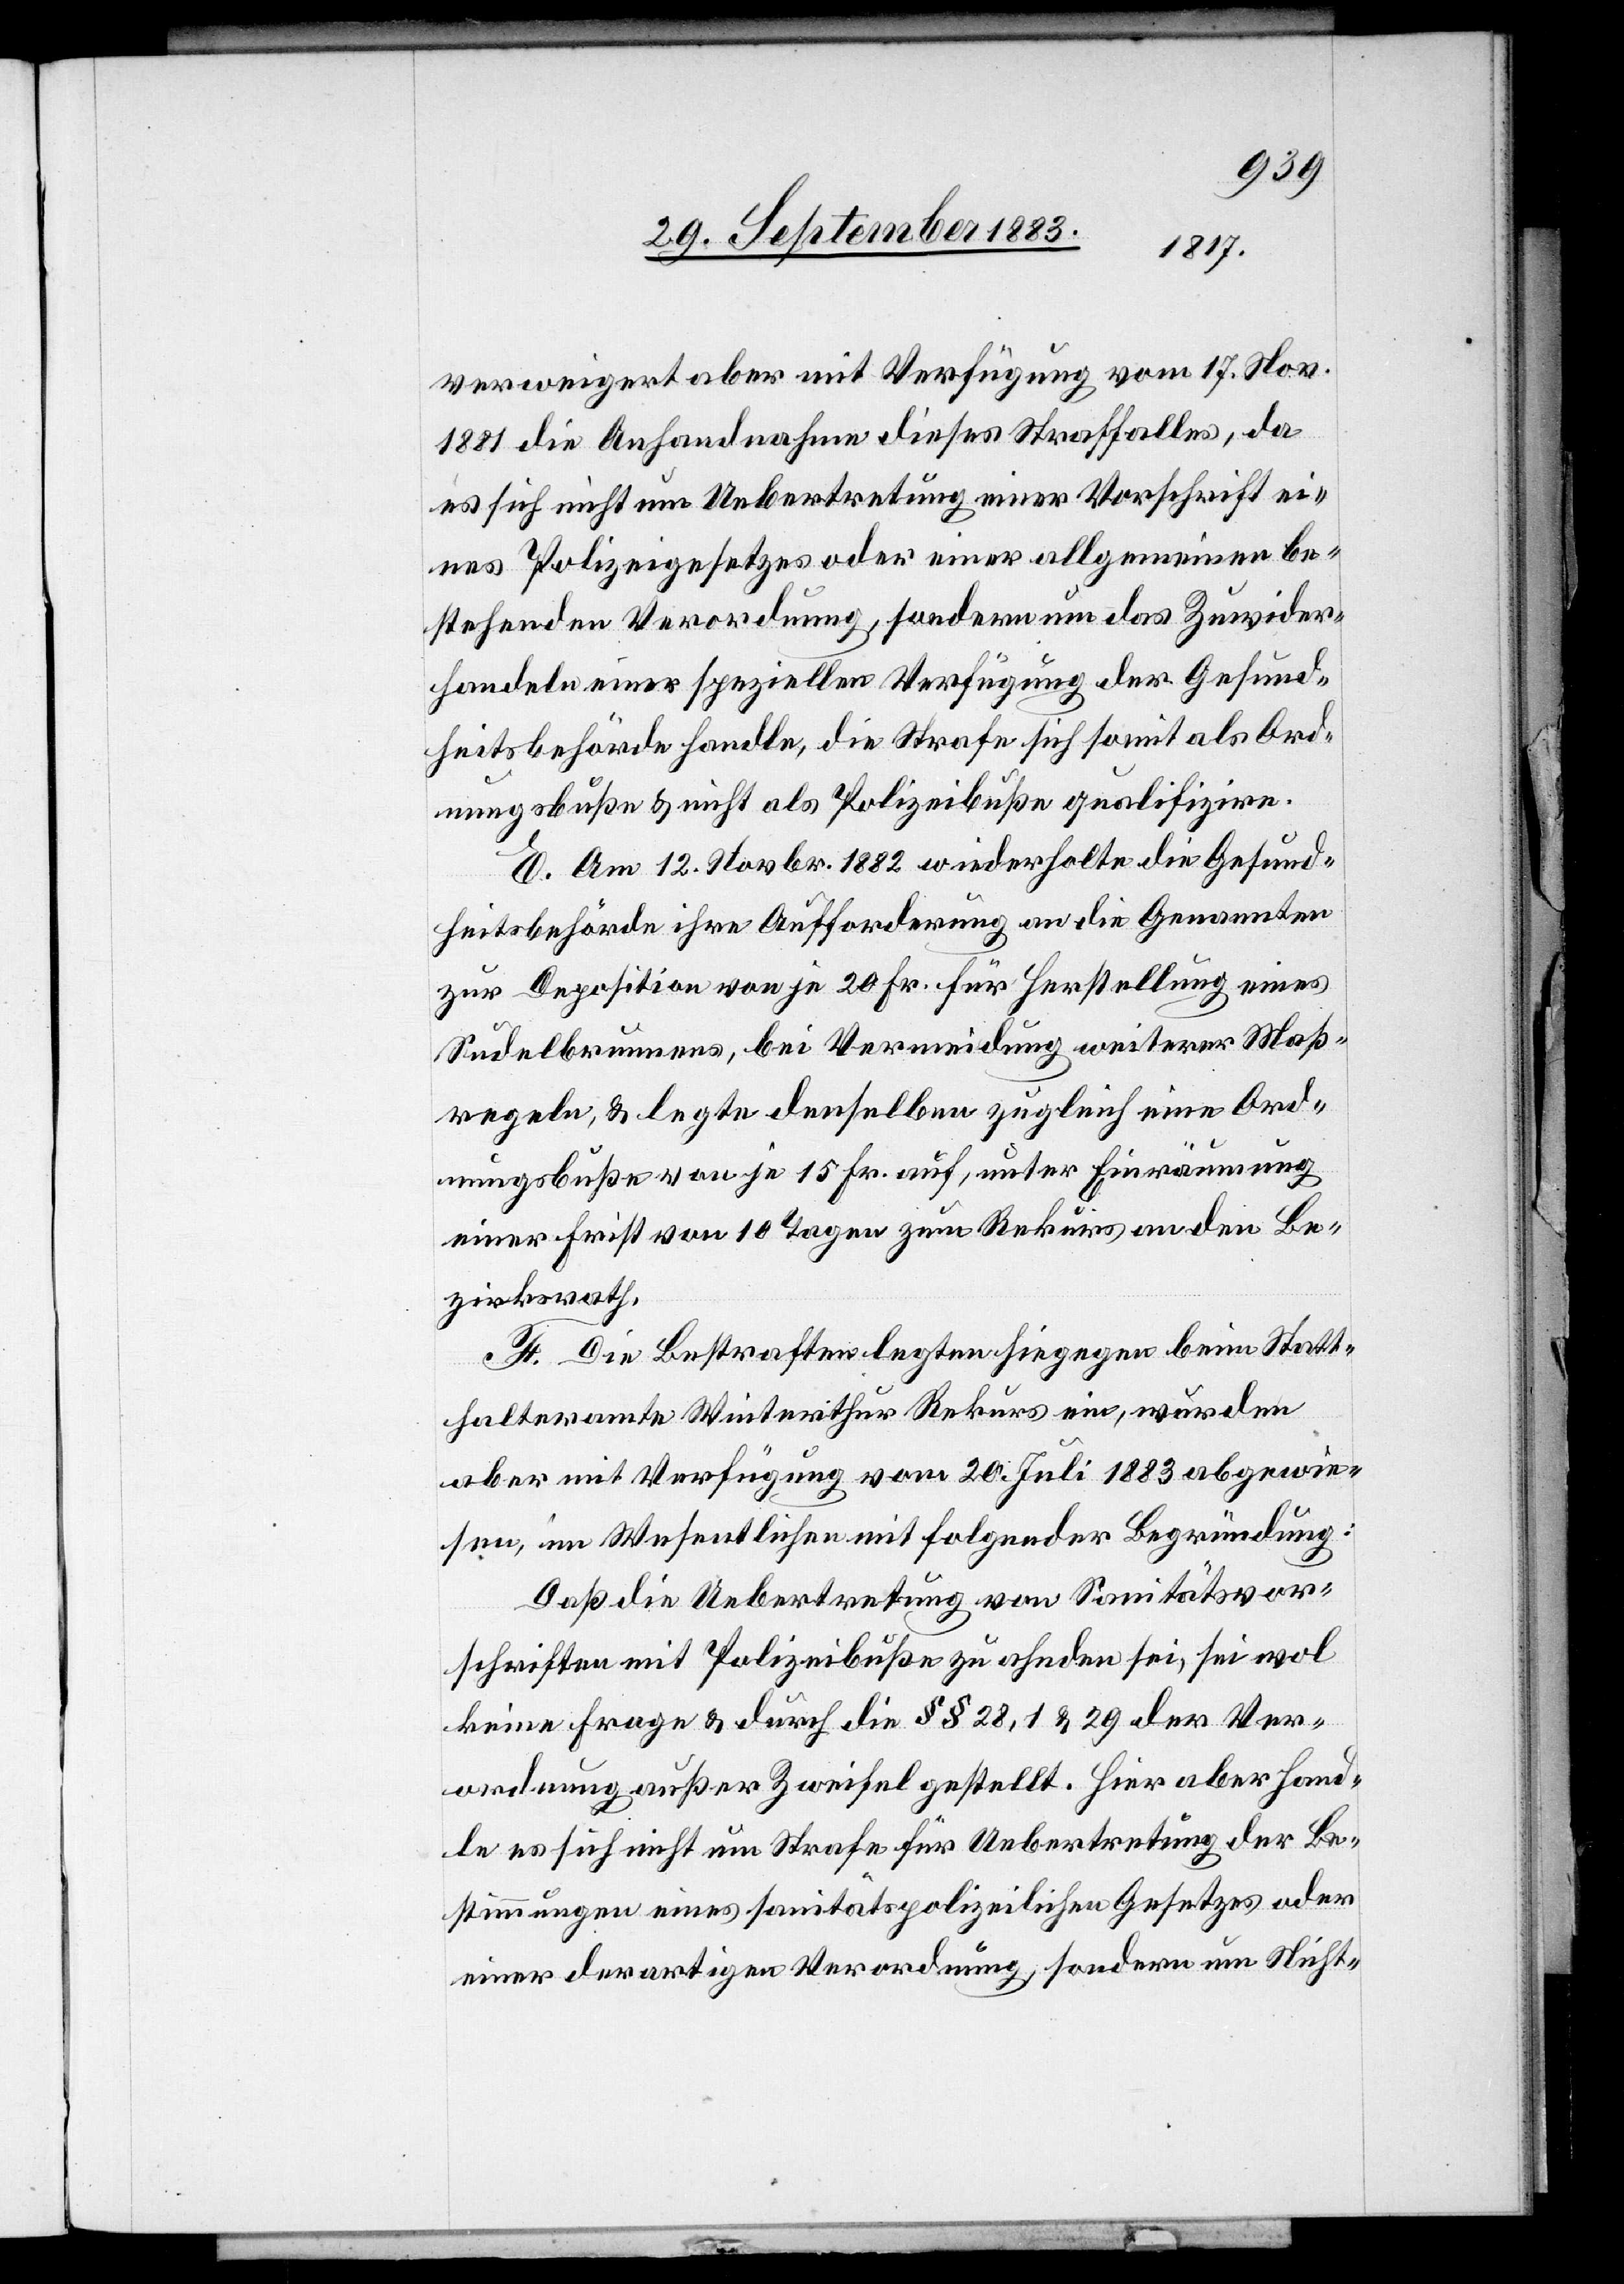
verweigert aber mit Verfügung vom 17. Nov.
1881 die Anhandnahme dieses Straffalles, da
es sich nicht um Uebertretung einer Vorschrift ei¬
nes Polizeigesetzes oder einer allgemeinen be¬
stehenden Verordnung, sondern um das Zuwider¬
handeln einer speziellen Verfügung der Gesund¬
heitsbehörde handle, die Strafe sich somit als Ord¬
nungsbuße & nicht als Polizeibuße qualifizire.
E. Am 12. Novbr. 1882 wiederholte die Gesund¬
heitsbehörde ihre Aufforderung an die Genannten
zur Deposition von je 20 Fr. für Herstellung eines
Sudelbrunnens, bei Vermeidung weiterer Maß¬
regeln, & legte denselben zugleich eine Ord¬
nungsbuße von je 15 Fr. auf, unter Einräumung
einer Frist von 10 Tagen zum Rekurs an den Be¬
zirksrath.
F. Die Bestraften legten hiegegen beim Statt¬
halteramt Winterthur Rekurs ein, wurden
aber mit Verfügung vom 20. Juli 1883 abgewie¬
sen, im Wesentlichen mit der Begründung:
Daß die Uebertretung von Sanitätsvor¬
schriften mit Polizeibuße zu ahnden sei, sei wol
keine Frage & durch die §§ 28, 1 & 29 der Ver¬
ordnung außer Zweifel gestellt. Hier aber hand¬
le es sich nicht um Strafe für Uebertretung der Be¬
stimmungen eines sanitätspolizeilichen Gesetzes oder
einer derartigen Verordnung, sondern um Nicht-